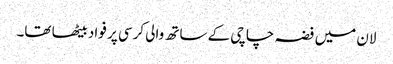
لان میں فضہ چاچی کے ساتھ والی کرسی پر فواد بیٹھا تھا۔